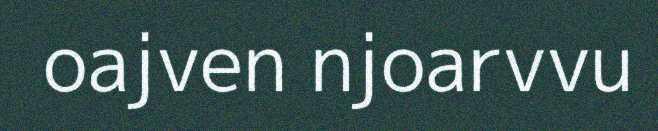
oajven njoarvvu